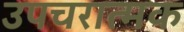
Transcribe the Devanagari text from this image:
उपचरात्मक